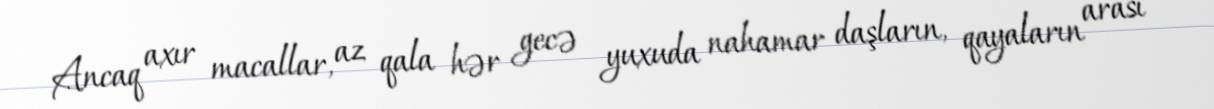
Ancaq axır macallar, az qala hər gecə yuxuda nahamar daşların, qayaların arası